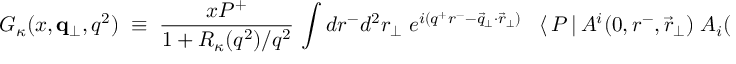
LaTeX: G _ { \kappa } ( x , { \bf q } _ { \perp } , q ^ { 2 } ) \; \equiv \; \frac { x P ^ { + } } { 1 + R _ { \kappa } ( q ^ { 2 } ) / q ^ { 2 } } \, \int d r ^ { - } d ^ { 2 } r _ { \perp } \; e ^ { i ( q ^ { + } r ^ { - } - \vec { q } _ { \perp } \cdot \vec { r } _ { \perp } ) } \; \; \; \langle \, P \, | \, { \cal A } ^ { i } ( 0 , r ^ { - } , \vec { r } _ { \perp } ) \; { \cal A } _ { i } ( 0 , 0 , \vec { 0 } _ { \perp } ) \, | \, P \, \rangle \; ,